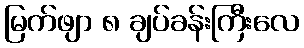
မြက်ဖျာ ၈ ချပ်ခန်းကြီးလေ